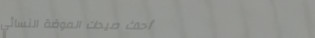
أحدث صيحات الموضة النسائي